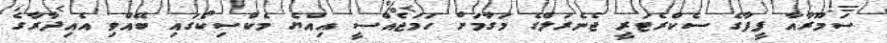
ސަމޫރާއާ ފީފާގެ ސެކްރެޓަރީ ޖެނެރަލްގެ މަގާމަށް ހަމަޖެއްސީ އިއްޔެ މެކްސިކޯގައި ބޭއްވި އެއިދާރާގެ